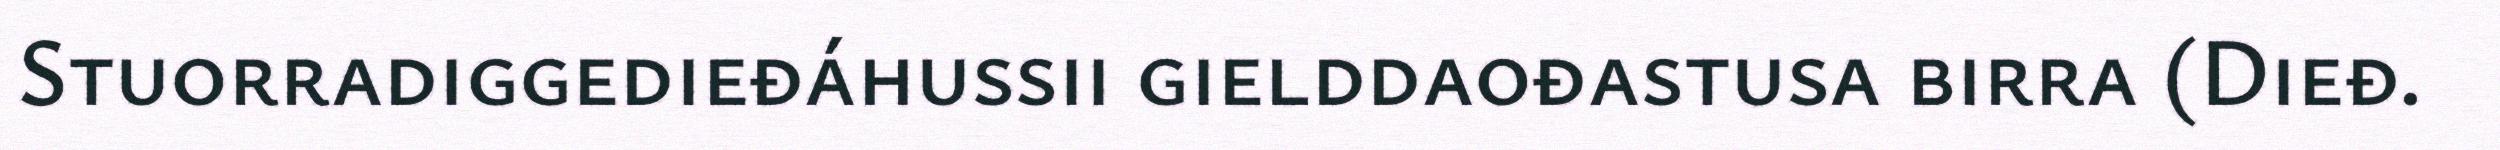
Stuorradiggedieđáhussii gielddaođastusa birra (Dieđ.